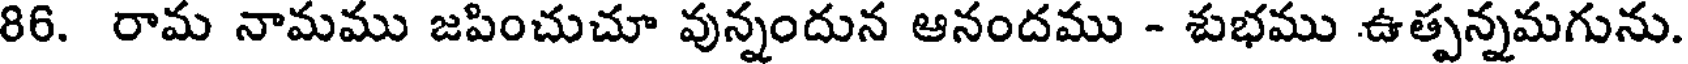
86. రామ నామము జపించుచూ వున్నందున ఆనందము - శుభము ఉత్పన్నమగును.